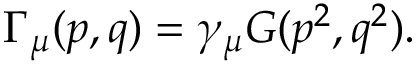
\Gamma _ { \mu } ( p , q ) = \gamma _ { \mu } G ( p ^ { 2 } , q ^ { 2 } ) .